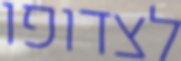
לצדופו